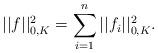
LaTeX: \begin{align*}||f||^2_{0,K} = \sum_{i=1}^n ||f_i||^2_{0,K}.\end{align*}